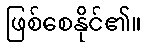
ဖြစ်စေနိုင်၏။